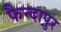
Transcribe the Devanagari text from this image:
फैन्दापुर